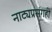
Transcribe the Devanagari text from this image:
नाट्यप्रसंगही